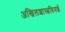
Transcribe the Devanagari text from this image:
अखिलशास्त्रविमर्श